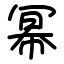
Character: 幂